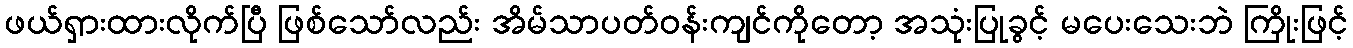
ဖယ်ရှားထားလိုက်ပြီ ဖြစ်သော်လည်း အိမ်သာပတ်ဝန်းကျင်ကိုတော့ အသုံးပြုခွင့် မပေးသေးဘဲ ကြိုးဖြင့်